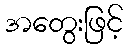
အတွေးဖြင့်